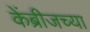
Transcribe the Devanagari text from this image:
केंब्रीजच्या